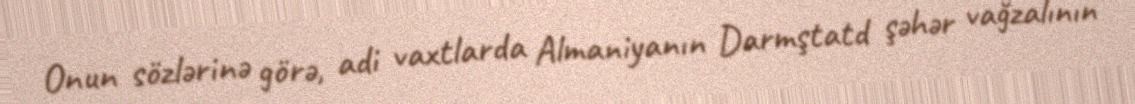
Onun sözlərinə görə, adi vaxtlarda Almaniyanın Darmştatd şəhər vağzalının